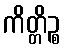
ကိတ္တိဉ္စ